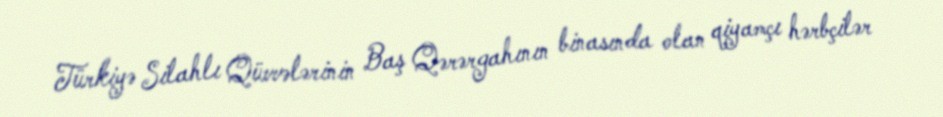
Türkiyə Silahlı Qüvvələrinin Baş Qərərgahının binasında olan qiyamçı hərbçilər